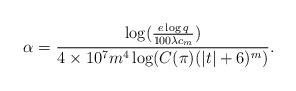
LaTeX: \begin{align*}\alpha = \frac{\log(\frac{e\log q}{100\lambda c_m})}{4\times 10^7 m^4\log(C(\pi)(|t|+6)^m)}.\end{align*}